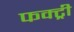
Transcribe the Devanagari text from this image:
फक्ट्री